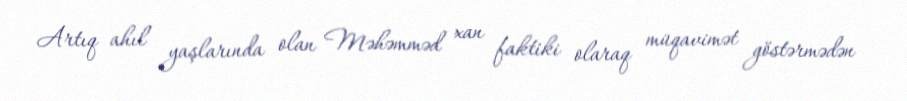
Artıq ahıl yaşlarında olan Məhəmməd xan faktiki olaraq müqavimət göstərmədən